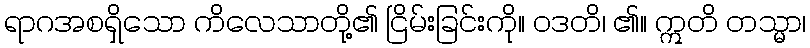
ရာဂအစရှိသော ကိလေသာတို့၏ ငြိမ်းခြင်းကို။ ဝဒတိ၊ ၏။ ဣတိ တသ္မာ၊